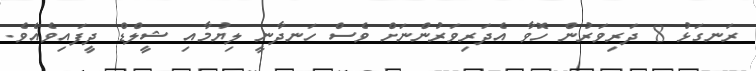
ރަނގަޅު 8 ދަރިވަރުން ހޮވާ އެދަރިވަރުންނަށް ވެސް ހަނދާނީ ލިޔުމާއި ޝީލްޑް ދީފައިވެއެވެ.